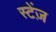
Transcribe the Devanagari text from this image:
स्टेंज़